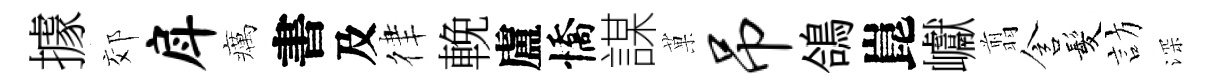
據郊戽癘書及律輓盧憍謀菓吊鴿崑巘翦含髪訪深